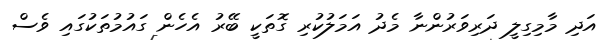
އަދި މާމިގިލީ ދަރިވަރުންނާ މެދު އަމަލުކުރި ގޮތަކީ ބޭރު އެހެން ގައުމުތަކުގައި ވެސް